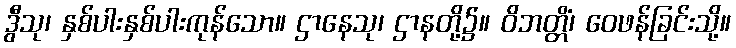
ဒွီသု၊ နှစ်ပါးနှစ်ပါးကုန်သော။ ဌာနေသု၊ ဌာနတို့၌။ ဝိဘတ္တိံ၊ ဝေဖန်ခြင်းသို့။